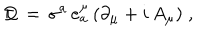
\not \! \! D \, = \, \sigma ^ { a } \, e _ { a } ^ { \mu } \, ( \partial _ { \mu } + i \, A _ { \mu } ) \; ,